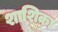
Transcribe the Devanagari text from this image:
शाशिका